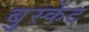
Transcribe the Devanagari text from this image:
बुस्केट